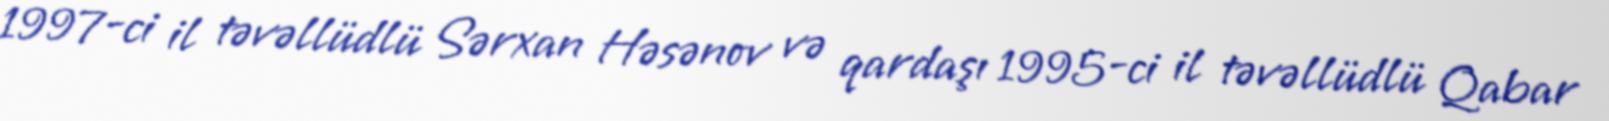
1997-ci il təvəllüdlü Sərxan Həsənov və qardaşı 1995-ci il təvəllüdlü Qabar